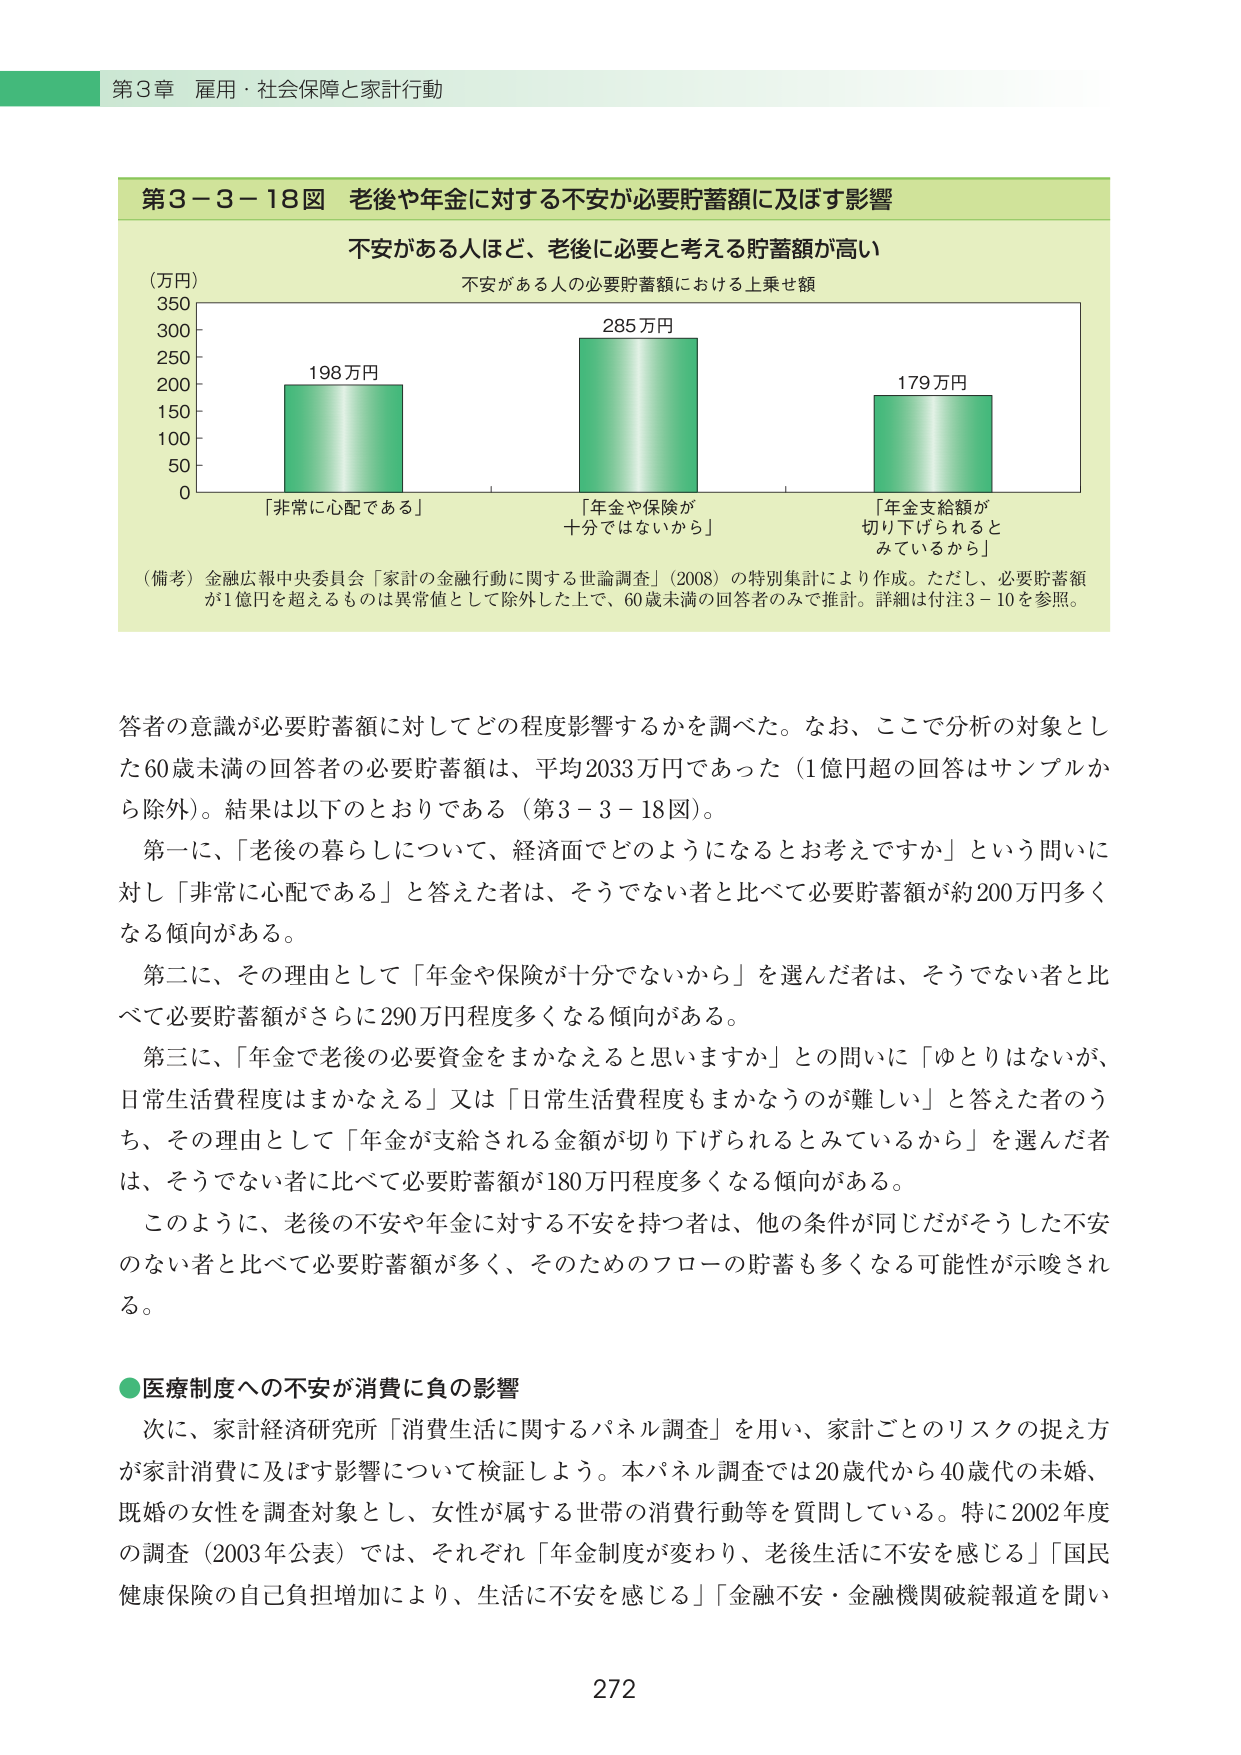
第3章 雇用・社会保障と家計行動

第3－3－18図 老後や年金に対する不安が必要貯蓄額に及ぼす影響

不安がある人ほど、老後に必要と考える貯蓄額が高い

（万円）
350
300
250
200
150
100
50
0

「非常に心配である」 198万円
「年金や保険が十分ではないから」 285万円
「年金支給額が切り下げられるとみているから」 179万円

（備考）金融広報中央委員会「家計の金融行動に関する世論調査」（2008）の特別集計により作成。ただし、必要貯蓄額が1億円を超えるものは異常値として除外した上で、60歳未満の回答者のみで推計。詳細は付注3－10を参照。

答者の意識が必要貯蓄額に対してどの程度影響するかを調べた。なお、ここで分析の対象とした60歳未満の回答者の必要貯蓄額は、平均2033万円であった（1億円超の回答はサンプルから除外）。結果は以下のとおりである（第3－3－18図）。

第一に、「老後の暮らしについて、経済面でどのようになると考えですか」という問いに対し「非常に心配である」と答えた者は、そうでない者と比べて必要貯蓄額が約200万円多くなる傾向がある。

第二に、その理由として「年金や保険が十分でないから」を選んだ者は、そうでない者と比べて必要貯蓄額がさらに290万円程度多くなる傾向がある。

第三に、「年金で老後の必要資金をまかなえると思いますか」との問いに「ゆとりはないが、日常生活費程度はまかなえる」又は「日常生活費程度もまかなうのが難しい」と答えた者のうち、その理由として「年金が支給される金額が切り下げられるとみているから」を選んだ者は、そうでない者に比べて必要貯蓄額が180万円程度多くなる傾向がある。

このように、老後の不安や年金に対する不安を持つ者は、他の条件が同じだがそうした不安のない者と比べて必要貯蓄額が多く、そのためのフローの貯蓄も多くなる可能性が示唆される。

●医療制度への不安が消費に負の影響

次に、家計経済研究所「消費生活に関するパネル調査」を用い、家計ごとのリスクの捉え方が家計消費に及ぼす影響について検証しよう。本パネル調査では20歳代から40歳代の未婚、既婚の女性を調査対象とし、女性が属する世帯の消費行動等を質問している。特に2002年度の調査（2003年公表）では、それぞれ「年金制度が変わり、老後生活に不安を感じる」「国民健康保険の自己負担増加により、生活に不安を感じる」「金融不安・金融機関破綻報道を聞い

272